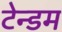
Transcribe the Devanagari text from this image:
टेन्डम